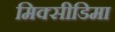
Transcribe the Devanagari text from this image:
मिक्सीडिमा